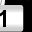
Digit: 1